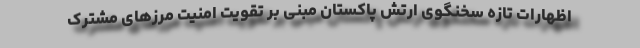
اظهارات تازه سخنگوی ارتش پاکستان مبنی بر تقویت امنیت مرزهای مشترک